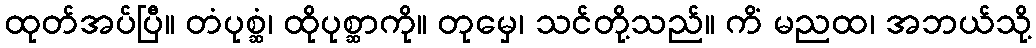
ထုတ်အပ်ပြီ။ တံပုစ္ဆံ၊ ထိုပုစ္ဆာကို။ တုမှေ၊ သင်တို့သည်။ ကိံ မညထ၊ အဘယ်သို့